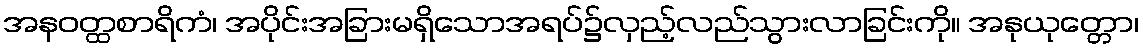
အနဝတ္ထစာရိကံ၊ အပိုင်းအခြားမရှိသောအရပ်၌လှည့်လည်သွားလာခြင်းကို။ အနုယုတ္တော၊